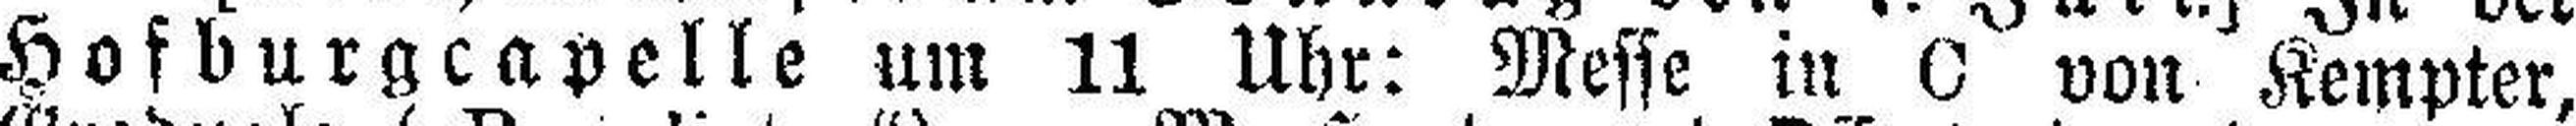
Hofburgcapelle um 11 Uhr: Messe in C von Kempter,